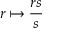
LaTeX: r \mapsto { \frac { r s } { s } }